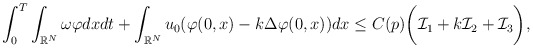
\begin{align*}&\int_0^T\int_{\mathbb{R}^{N}} \omega\varphi dx dt+\int_{\mathbb{R}^{N}}u_0(\varphi(0,x)-k\Delta\varphi(0,x))dx\leq C(p)\biggr(\mathcal{I}_1+k\mathcal{I}_2+\mathcal{I}_3\biggr),\end{align*}